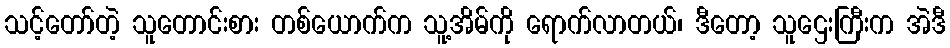
သင့်တော်တဲ့ သူတောင်းစား တစ်ယောက်က သူ့အိမ်ကို ရောက်လာတယ်၊ ဒီတော့ သူဌေးကြီးက အဲဒီ